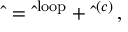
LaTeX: \hat { \bf \Pi } = \hat { \bf \Pi } ^ { \mathrm { \scriptsize { l o o p } } } + \hat { \bf \Pi } ^ { ( c ) } \, ,